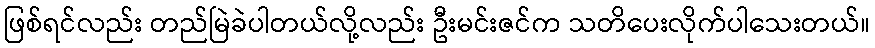
ဖြစ်ရင်လည်း တည်မြဲခဲပါတယ်လို့လည်း ဦးမင်းဇင်က သတိပေးလိုက်ပါသေးတယ်။